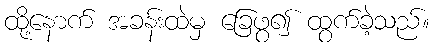
ထို့နောက် အခန်းထဲမှ ခြေဖွ၍ ထွက်ခဲ့သည်။